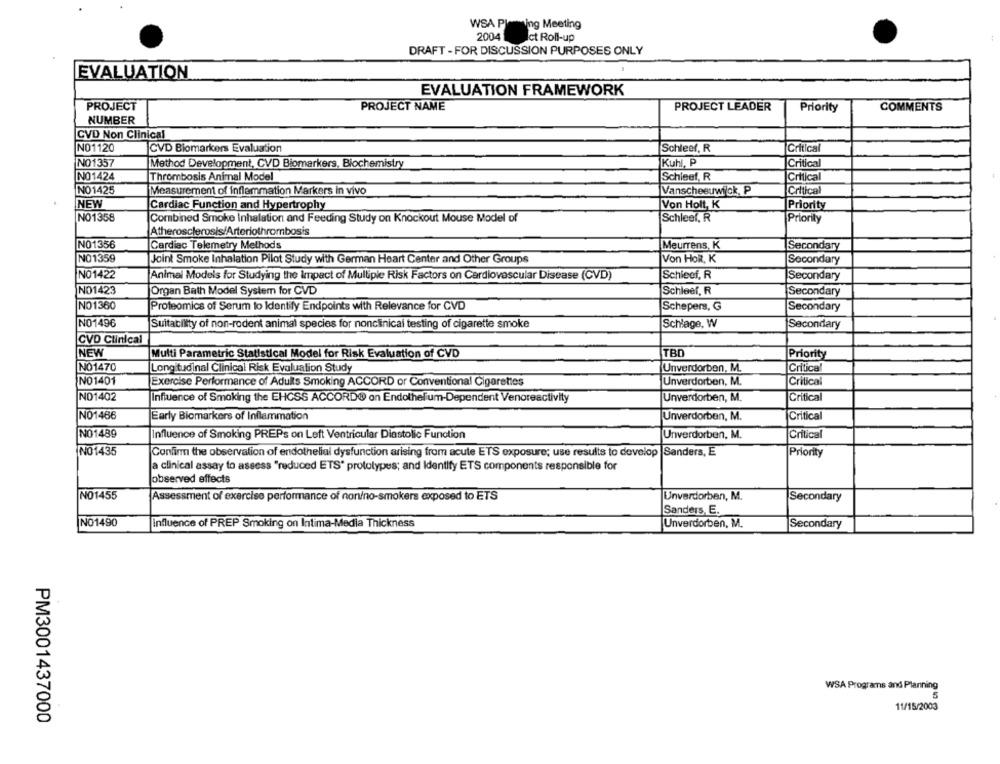
WSA Planning Meeting
2004
ct Roll-up
DRAFT - FOR DISCUSSION PURPOSES ONLY
EVALUATION
EVALUATION FRAMEWORK
PROJECT
PROJECT NAME
PROJECT LEADER
Priority
COMMENTS
NUMBER
CVD Non Clinical
NO1120
CVD Biomarkers Evaluation
Schleel, R
Critical
NO1357
Method Development, CVD Biomarkers, Biochemistry
Kuhl, P
Critical
NO1424
Schieel, R
Thrombosis Animal Model
Critical
NO1425
Measurement of inflammation Markers in vivo
Vanscheeuwick, P
Critical
NEW
Cardiac Function and Hypertrophy
Von Holt, K
Priority
NO1358
Combined Smoke Inhalation and Feeding Study on Knockout Mouse Model of
Schleel, R
Priority
Atherosclerosis/Arteriothrombosis
NO1356
Cardiac Telemetry Methods
Meurrens, K
Secondary
NO1359
Joint Smoke Inhalation Pilot Study with German Heart Center and Other Groups
Von HoR, K
Secondary
NO1422
Animal Models for Studying the impact of Multiple Risk Factors on Cardiovascular Disease (CVD)
Schieef, R
Secondary
NO1423
Schleel, R
Organ Bath Model System for CVD
Secondary
NO1360
Proteomics of Serum to Identify Endpoints with Relevance for CVD
Schepers, G
Secondary
NO1496
Suitability of non-rodent animal species for nonclinical testing of cigarette smoke
Schlage, W
Secondary
CVD Clinical
TBD
NEW
Multi Parametric Statistical Model for Risk Evaluation of CVD
Priority
NO1470
Critical
Longitudinal Clinical Risk Evaluation Study
Unverdorben, M.
NO1401
Exercise Performance of Adults Smoking ACCORD or Conventional Cigarettes
Unverdorben, M.
Critical
NO1402
Unverdorben, M.
Critical
Influence of Smoking the EHCSS ACCORDO on Endothelium-Dependent Venoreactivity
NO1466
Early Biomarkers of Inflammation
Unverdorben, M.
Critical
NO1489
Influence of Smoking PREPs on Left Ventricular Diastolic Function
Unverdorben, M.
Critical
NO1435
Confirm the observation of endothelial dysfunction arising from acute ETS exposure; use results to develop Sanders, E
Priority
a clinical assay to assess "reduced ETS" prototypes; and Identify ETS components responsible for
observed effects
NO1455
Assessment of exercise performance of nonino-smokers exposed to ETS
Unverdorben, M.
Secondary
Sanders, E.
No1490
Influence of PREP Smoking on Intima-Media Thickness
Unverdorben, M.
Secondary
WSA Programs and Planning
5
11/15/2003
PM3001437000